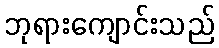
ဘုရားကျောင်းသည်